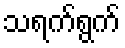
သရက်ရွက်